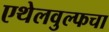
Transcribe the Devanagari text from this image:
एथेलवुल्फचा